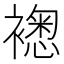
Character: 𧝮